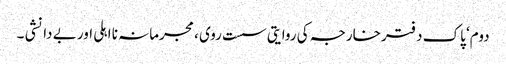
دوم‘ پاک دفتر خارجہ کی روایتی سست روی ، مجرمانہ نا اہلی اور بے دانشی ۔